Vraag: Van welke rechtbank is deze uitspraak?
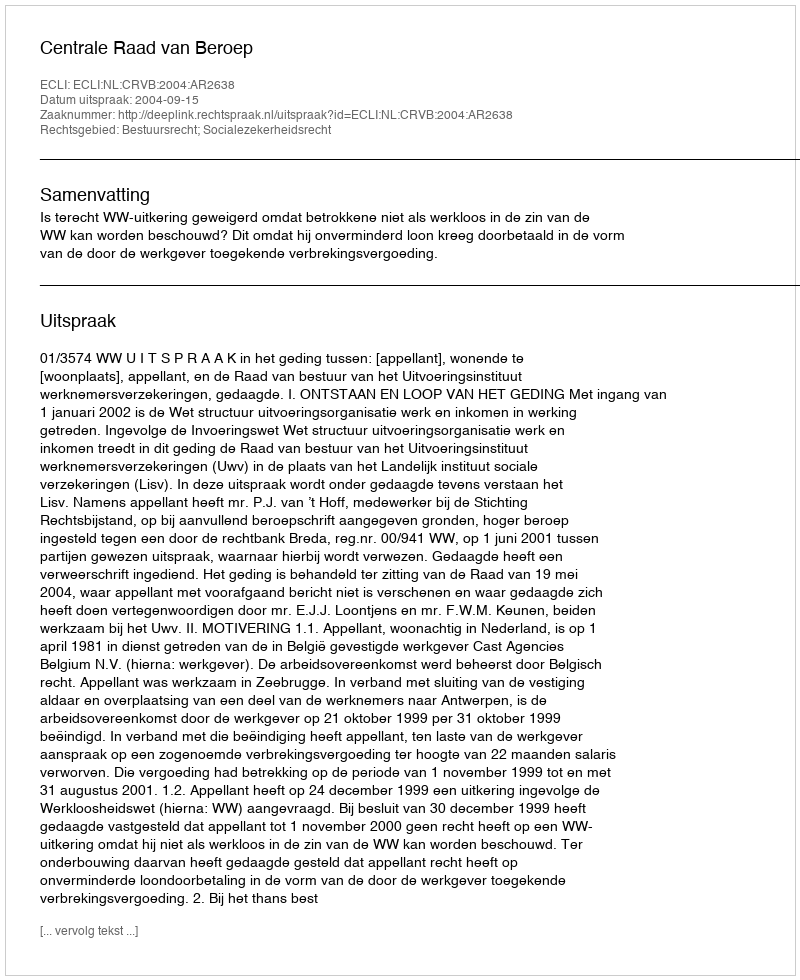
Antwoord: Centrale Raad van Beroep